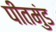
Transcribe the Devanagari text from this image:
पीतमुंड